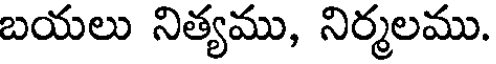
బయలు నిత్యము, నిర్మలము.